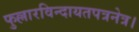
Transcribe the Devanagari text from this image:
फुल्लारविन्दायतपत्रनेत्र।